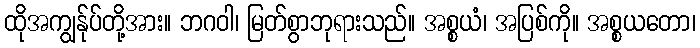
ထိုအကျွန်ုပ်တို့အား။ ဘဂဝါ၊ မြတ်စွာဘုရားသည်။ အစ္စယံ၊ အပြစ်ကို။ အစ္စယတော၊